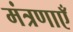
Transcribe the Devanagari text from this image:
मंत्रणाएँ